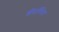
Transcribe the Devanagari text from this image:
श्रीपार्थिवेन्द्र